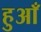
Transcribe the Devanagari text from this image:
हुआँ